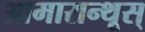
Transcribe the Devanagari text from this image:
आमारान्थूस्